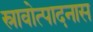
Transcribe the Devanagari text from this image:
स्रावोत्पादनास